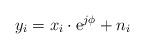
LaTeX: \begin{align*} y_i = x_i \cdot \mathrm{e}^{j\phi} + n_i \end{align*}